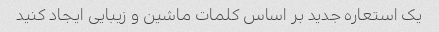
یک استعاره جدید بر اساس کلمات ماشین و زیبایی ایجاد کنید